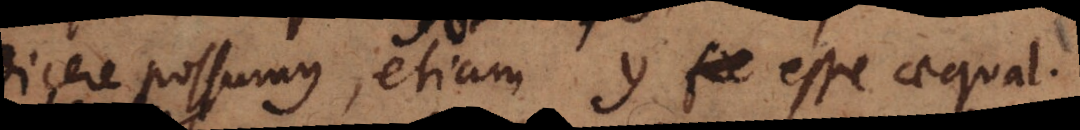
dicere possumus, etiam y fie esse aequal.